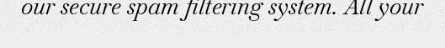
our secure spam filtering system. All your